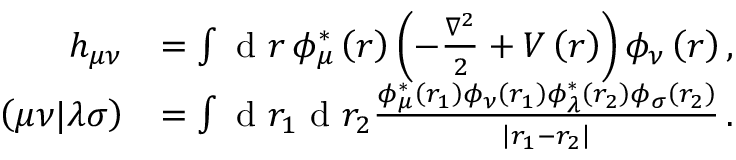
\begin{array} { r l } { h _ { \mu \nu } } & { = \int \textrm { d } r \, \phi _ { \mu } ^ { * } \left( r \right) \left( - \frac { \nabla ^ { 2 } } { 2 } + V \left( r \right) \right) \phi _ { \nu } \left( r \right) , } \\ { \left( \mu \nu | \lambda \sigma \right) } & { = \int \textrm { d } r _ { 1 } \textrm { d } r _ { 2 } \frac { \phi _ { \mu } ^ { * } \left( r _ { 1 } \right) \phi _ { \nu } \left( r _ { 1 } \right) \phi _ { \lambda } ^ { * } \left( r _ { 2 } \right) \phi _ { \sigma } \left( r _ { 2 } \right) } { \left| r _ { 1 } - r _ { 2 } \right| } \, . } \end{array}